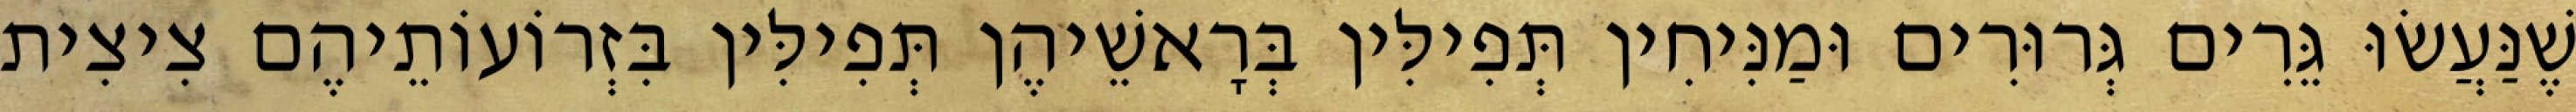
שֶׁנַּעֲשׂוּ גֵּרִים גְּרוּרִים וּמַנִּיחִין תְּפִילִּין בְּרָאשֵׁיהֶן תְּפִילִּין בִּזְרוֹעוֹתֵיהֶם צִיצִית